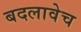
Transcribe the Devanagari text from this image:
बदलावेच